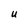
Character: u